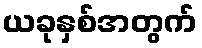
ယခုနှစ်အတွက်